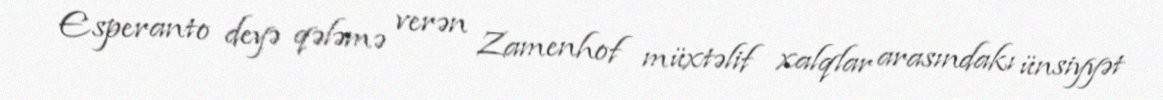
Esperanto deyə qələmə verən Zamenhof müxtəlif xalqlar arasındakı ünsiyyət